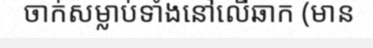
ចាក់សម្លាប់ទាំងនៅលើឆាក (មាន